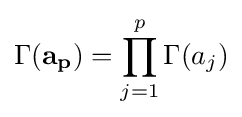
\Gamma (\mathbf {a_{p}} )=\prod _{j=1}^{p}\Gamma (a_{j})